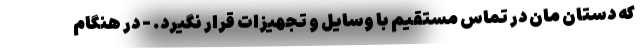
که دستان مان در تماس مستقیم با وسایل و تجهیزات قرار نگیرد. - در هنگام